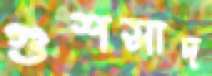
গুশসাদ